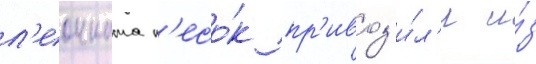
л'еонната п'есо́к пр'ивоз'и́л'и и́з